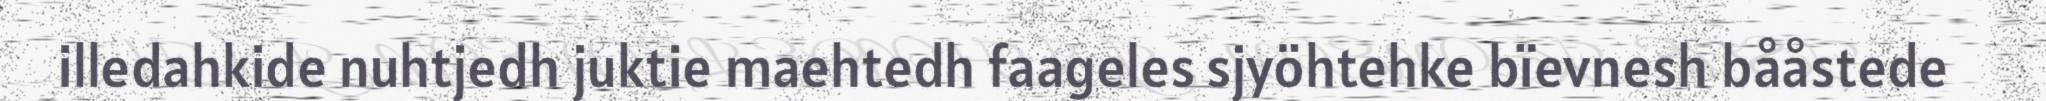
illedahkide nuhtjedh juktie maehtedh faageles sjyöhtehke bïevnesh bååstede